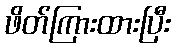
ဖိတ်ကြားထားပြီး